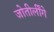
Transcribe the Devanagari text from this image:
जोतीर्लींगे